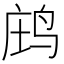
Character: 𪉉